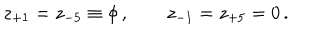
z _ { + 1 } = z _ { - 5 } \equiv \phi \, , \qquad z _ { - 1 } = z _ { + 5 } = 0 \, .